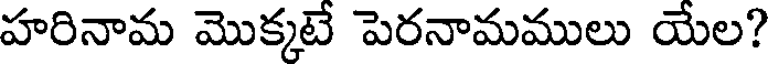
హరినామ మొక్కటే పెరనామములు యేల?